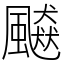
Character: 飇